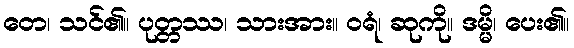
တေ၊ သင်၏။ ပုတ္တဿ၊ သားအား။ ဝရံ၊ ဆုကို။ ဒမ္မိ၊ ပေး၏။